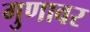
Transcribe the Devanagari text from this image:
गुणावर